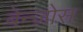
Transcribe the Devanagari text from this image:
बेन्ज़ोस